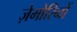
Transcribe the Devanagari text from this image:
ज़ेमोरिनों